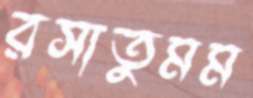
রসাতুমম